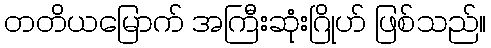
တတိယမြောက် အကြီးဆုံးဂြိုဟ် ဖြစ်သည်။